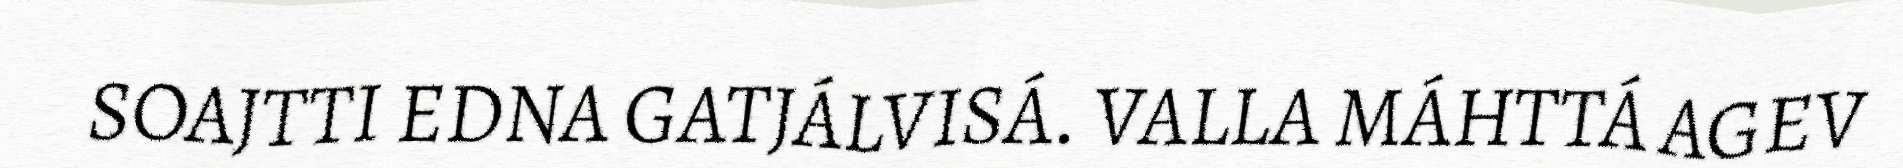
SOAJTTI EDNA GATJÁLVISÁ. VALLA MÁHTTÁ AGEV